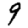
Digit: 9